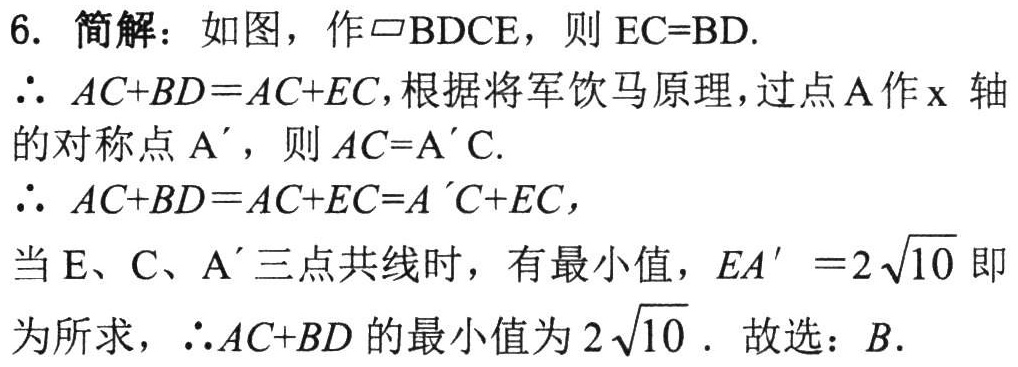
6. 简解：如图，作$\parallelogram BDCE$，则$EC = BD$.
$\therefore AC + BD = AC + EC$，根据将军饮马原理，过点$A$作$x$轴
的对称点$A'$，则$AC = A'C$.
$\therefore AC + BD = AC + EC = A'C + EC$，
当$E、C、A'$三点共线时，有最小值，$EA' = 2\sqrt{10}$即
为所求，$\therefore AC + BD$的最小值为$2\sqrt{10}$. 故选：$B$.